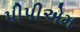
પીપીએમ